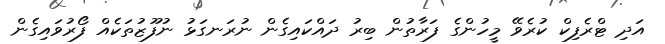
އަދި ޓްރެފިކް ކުރެވޭ މީހުންގެ ފަރާތުން ބިރު ދައްކައިގެން ނުރަނގަޅު ނުފޫޒުތަކެއް ފޯރުވައިގެން